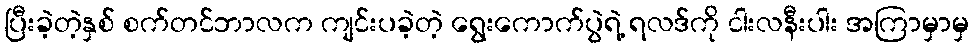
ပြီးခဲ့တဲ့နှစ် စက်တင်ဘာလက ကျင်းပခဲ့တဲ့ ရွေးကောက်ပွဲရဲ့ ရလဒ်ကို ငါးလနီးပါး အကြာမှာမှ